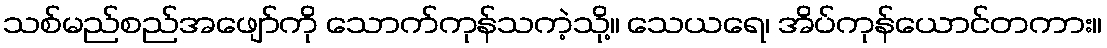
သစ်မည်စည်အဖျော်ကို သောက်ကုန်သကဲ့သို့။ သေယရေ၊ အိပ်ကုန်ယောင်တကား။